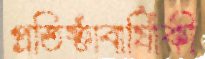
প্রতিষ্ঠাবার্ষিাকী